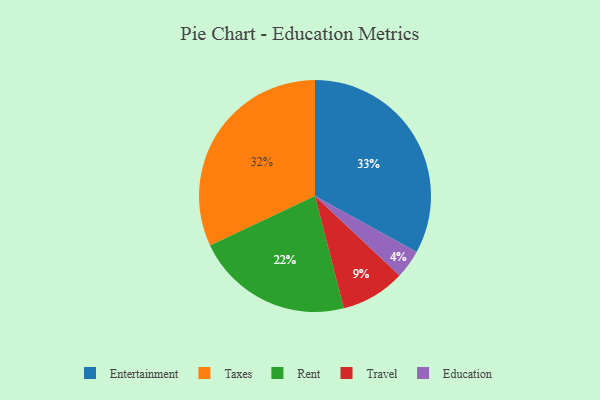
{"axis": {"x": "Category", "y": "Percentage"}, "legend": ["Education", "Entertainment", "Rent", "Taxes", "Travel"], "data": [{"x": "Entertainment", "y": 33, "type": "Entertainment"}, {"x": "Travel", "y": 9, "type": "Travel"}, {"x": "Taxes", "y": 32, "type": "Taxes"}, {"x": "Rent", "y": 22, "type": "Rent"}, {"x": "Education", "y": 4, "type": "Education"}]}